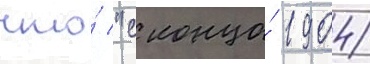
что́ "с конца́ 1904